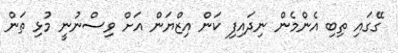
ގޭގައި ތިބި އެންމެން ނިދައިފި ކަން އިޒްޔަން އަށް ވިސްނުނީ މުޅި ތަން